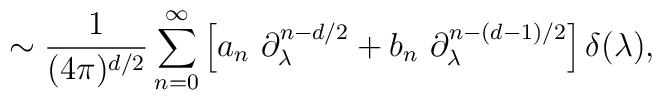
\sim {1\over (4\pi)^{d/2}}\sum_{n=0}^\infty\left[a_{n}~ \partial_\lambda^{n-d/2}+b_{n}~\partial_\lambda^{n-(d-1)/2}\right]\delta(\lambda),